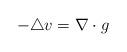
LaTeX: \begin{align*}-\triangle v=\nabla\cdot g\end{align*}